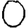
Digit: 0